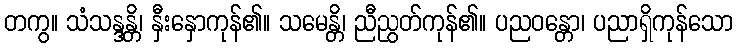
တကွ။ သံသန္ဒန္တိ၊ နှီးနှောကုန်၏။ သမေန္တိ၊ ညီညွတ်ကုန်၏။ ပညဝန္တော၊ ပညာရှိကုန်သော